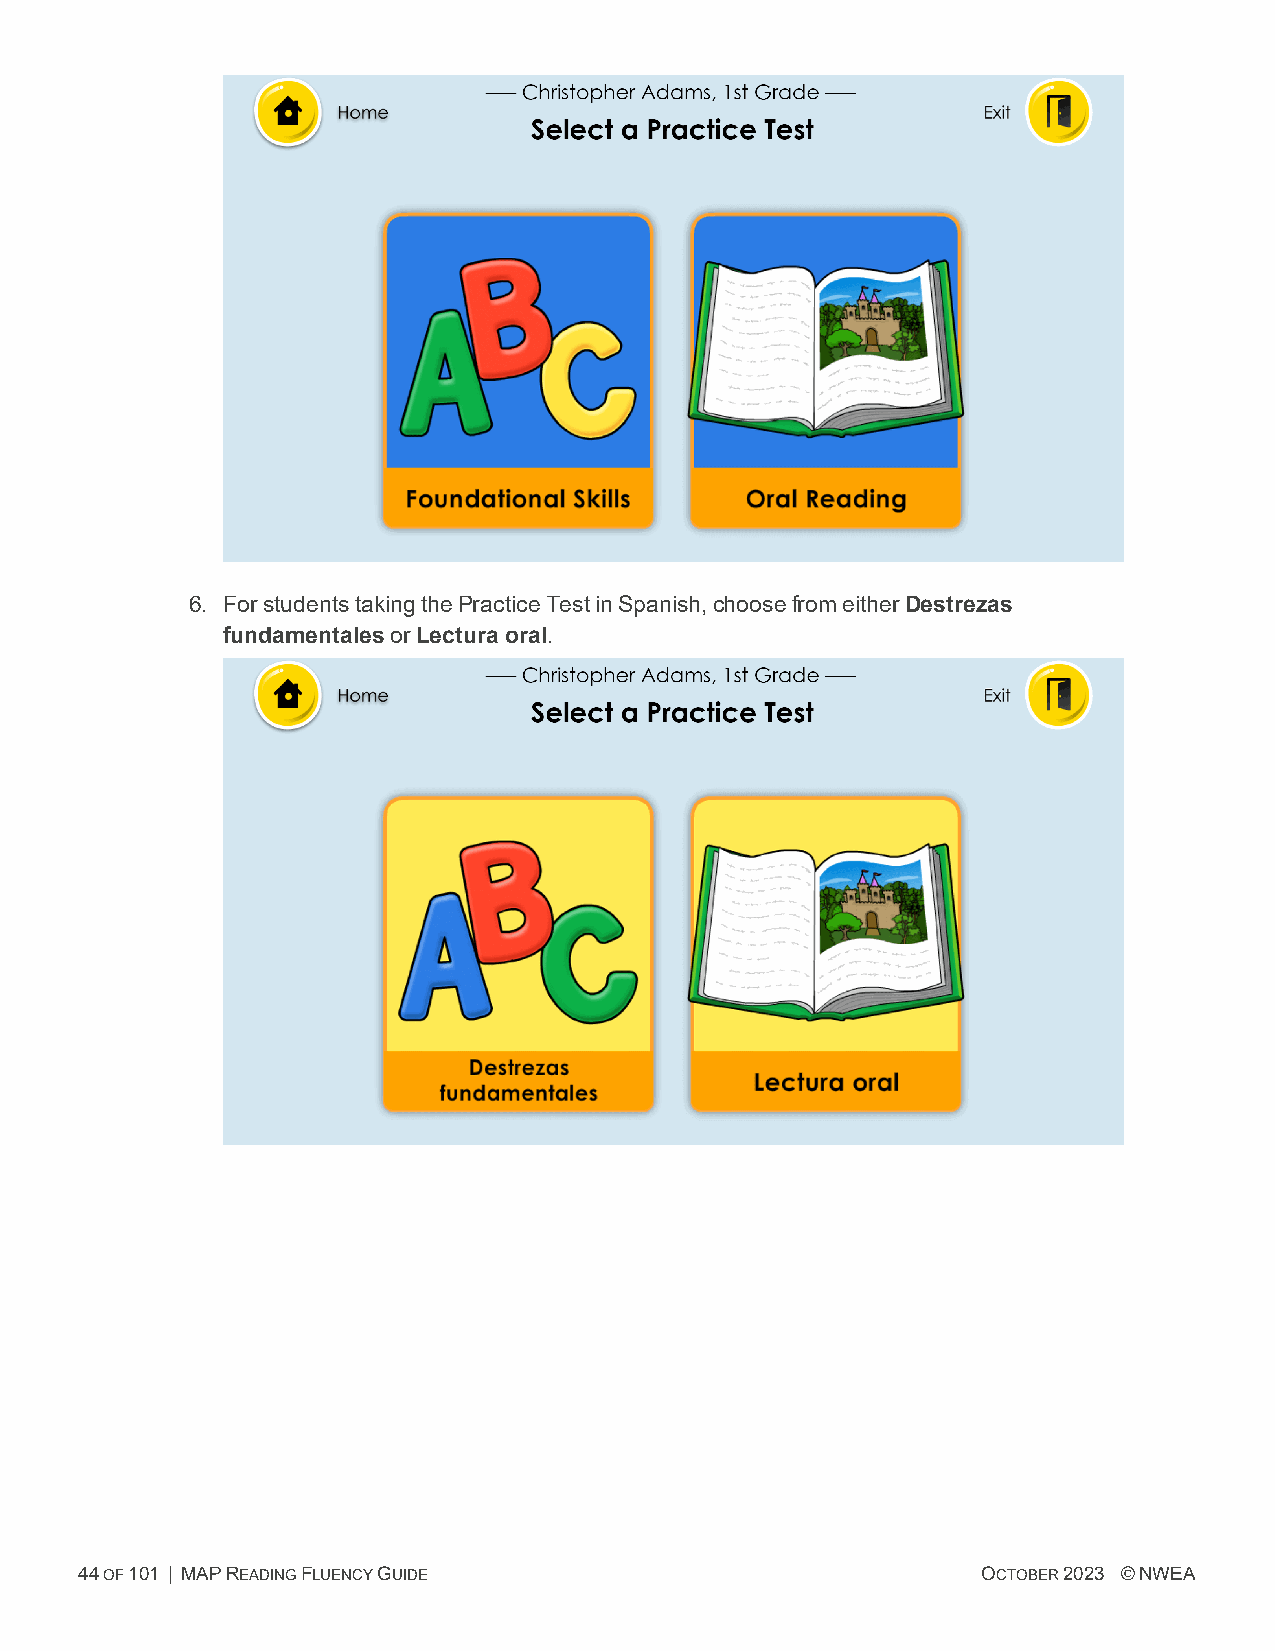
6. ForstudentstakingthePracticeTestinSpanish,choosefromeitherDestrezas
 fundamentalesorLectura oral.
 44OF101 | MAPREADINGFLUENCYGUIDE                            OCTOBER2023 ©NWEA